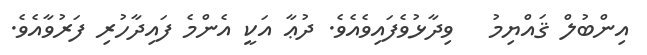
އިންބުލް ޤައްޔިމު   ވިދާޅުވެފައިވެއެވެ. ދުޢާ އަކީ އެންމެ ފައިދާހުރި ފަރުވާއެވެ.